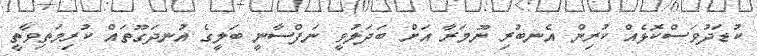
ކުޑަދުވަސްކޮޅެއް ކުރިން އެނބުރި ނޫމަރާ އަށް ބަދަލުވީ ނަފްސާނީ ބަލީގެ އުނދަގޫތައް ކުރިމަތިވާތީ